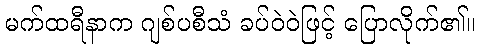
မက်ထရီနာက ဂျစ်ပစီသံ ခပ်ဝဲဝဲဖြင့် ပြောလိုက်၏။